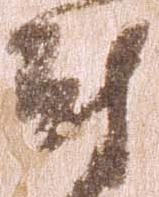
尉